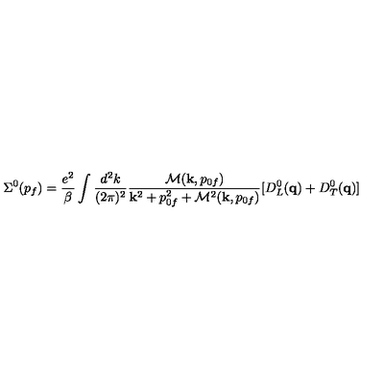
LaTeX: \Sigma ^ { 0 } ( p _ { f } ) = { \frac { e ^ { 2 } } { \beta } } \int { \frac { d ^ { 2 } k } { ( 2 \pi ) ^ { 2 } } } { \frac { { \cal M } ( { \bf k } , p _ { 0 f } ) } { { \bf k } ^ { 2 } + p _ { 0 f } ^ { 2 } + { \cal M } ^ { 2 } ( { \bf k } , p _ { 0 f } ) } } [ D _ { L } ^ { 0 } ( { \bf q } ) + D _ { T } ^ { 0 } ( { \bf q } ) ]